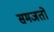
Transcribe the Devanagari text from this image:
समजतों